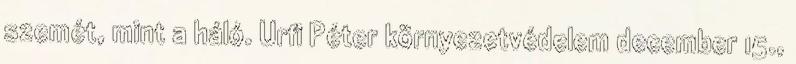
szemét, mint a háló. Urfi Péter környezetvédelem december 15.,